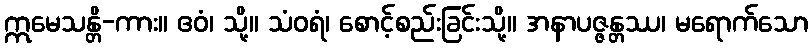
ဣမေသန္တိ-ကား။ ဧဝံ၊ သို့။ သံဝရံ၊ စောင့်စည်းခြင်းသို့။ အနာပဇ္ဇန္တဿ၊ မရောက်သော